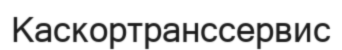
Каскортранссервис